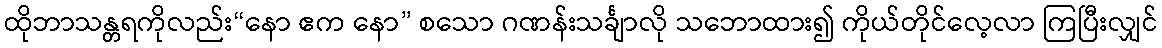
ထိုဘာသန္တရကိုလည်း“နော ဧက နော” စသော ဂဏန်းသင်္ချာလို သဘောထား၍ ကိုယ်တိုင်လေ့လာ ကြပြီးလျှင်